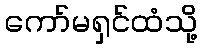
ကော်မရှင်ထံသို့